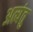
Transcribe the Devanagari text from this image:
अत्यंतु